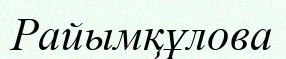
Райымқұлова